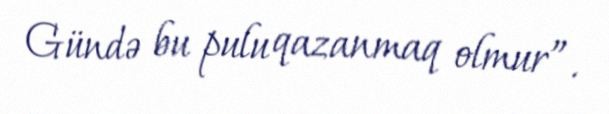
Gündə bu pulu qazanmaq olmur”.